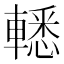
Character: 𨎒